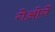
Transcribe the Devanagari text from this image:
गेओर्गे